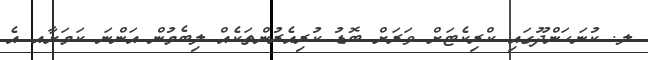
ލ. ކުނަހަންދޫގައި ކްރިކެޓަށް ވަރަށް ބޮޑު ކުރިއެރުންތަކެއް ލިބެމުން އަންނަ ކަމަށާއ އެ